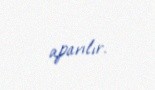
aparılır.